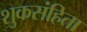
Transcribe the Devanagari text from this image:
शुकसंहिता